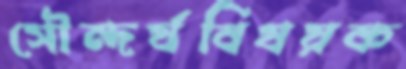
সৌন্দর্যবিষয়ক